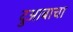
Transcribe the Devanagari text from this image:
दुआबाचा